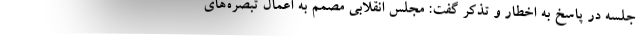
جلسه در پاسخ به اخطار و تذکر گفت: مجلس انقلابی مصمم به اعمال تبصره‌های